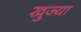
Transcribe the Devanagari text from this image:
खुज्या